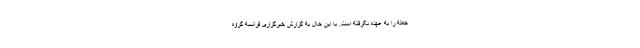
حمله را به عهده نگرفته است. با این حال به گزارش خبرگزاری فرانسه گروه